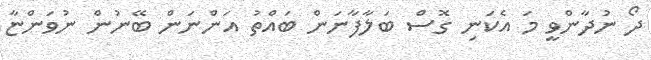
ދޯ ނުދާންވީ މަ އެކަނި ގޮސް ބަލާފާނަން ބައްތު އަންނަން ބޭނުން ނުވަންޏާ